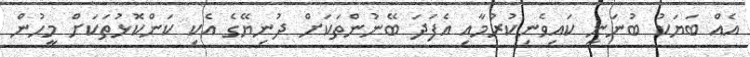
އެއް ބަޔަކު ބުނަނީ ކައިވެނިކުރުމާއި އެފަދަ ބޭނުންތަކަށް ދުނިޔޭގެ އެކި ކަންކޮޅުތަކަށް މީހުން